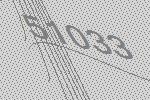
51033